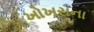
ખોખરાના